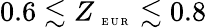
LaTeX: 0.6\lesssim Z_{\mathrm{~\tiny~E~U~R~}}\lesssim 0.8